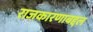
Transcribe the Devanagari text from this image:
राजकारणाबद्दल